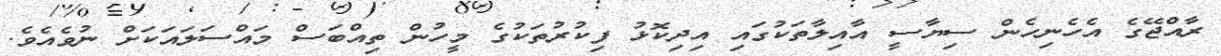
ރާއްޖޭގެ އެހެނިހެން ސިޔާސީ އާއިލާތަކުގައި އިދިކޮޅު ފިކުރުތަކުގެ މީހުން ތިއްބަސް މަައްސަލައަކަށް ނުވެއެވެ.